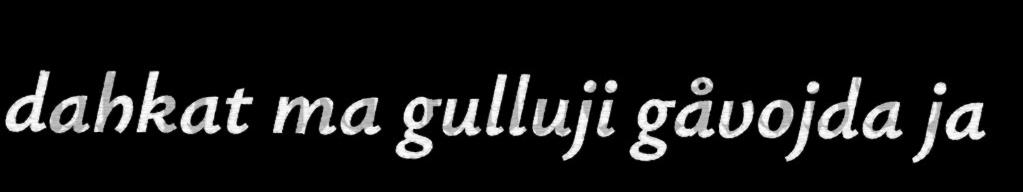
dahkat ma gulluji gåvojda ja